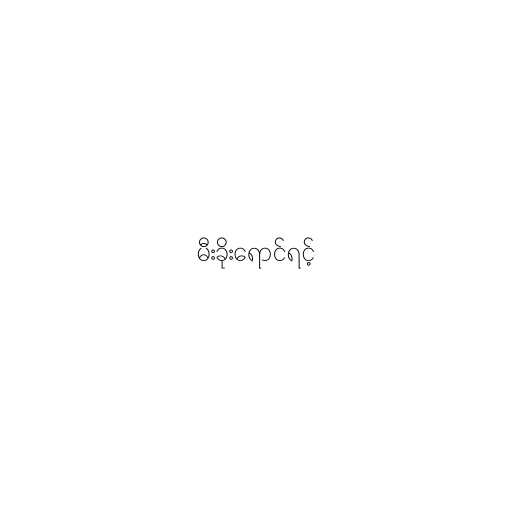
မီးခိုးရောင်ရင့်